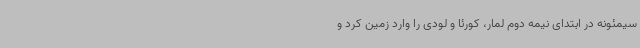
سیمئونه در ابتدای نیمه دوم لمار، کورئا و لودی را وارد زمین کرد و